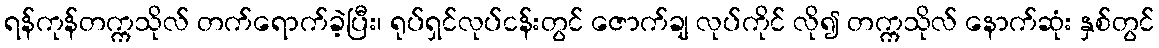
ရန်ကုန်တက္ကသိုလ် တက်ရောက်ခဲ့ပြီး၊ ရုပ်ရှင်လုပ်ငန်းတွင် ဇောက်ချ လုပ်ကိုင် လို၍ တက္ကသိုလ် နောက်ဆုံး နှစ်တွင်